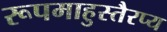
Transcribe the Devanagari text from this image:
रूपमाहुस्तैरप्य